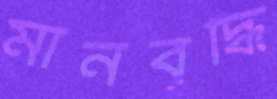
মানবৃদ্ধি